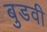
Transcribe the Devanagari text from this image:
बुडवी